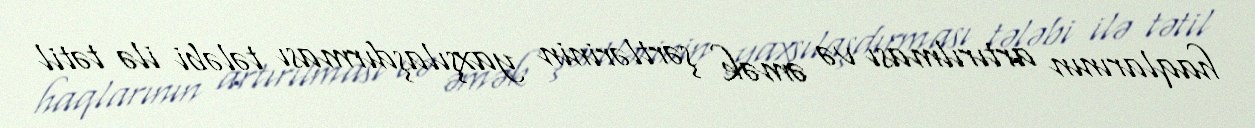
haqlarının artırılması və əmək şərtlərinin yaxşılaşdırması tələbi ilə tətil